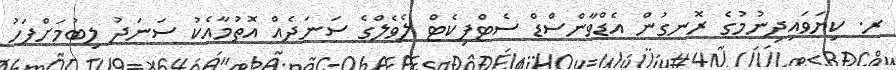
ރ. ކިޔަވައިދިނުމުގެ ރޮނގުން އެޑްވާންސްޑް ސެޓްފިކެޓް ލެވެލްގެ ސަނަދެއް އޮތުމާއެކު ސަނަދު ލިބުމަށްފަހު